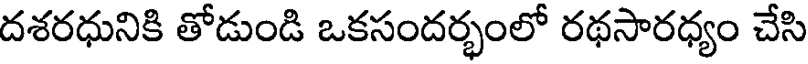
దశరధునికి తోడుండి ఒకసందర్భంలో రథసారధ్యం చేసి